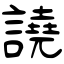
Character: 譊